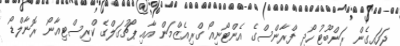
ޖަހައިގެން ރަންބޫޓު ހޯދި ފްރާންސްގެ އެންޓޯނިއޯ ގްރިއެޒްމަން އާއި ޕޯޗުގަލްގެ ކްރިސްޓިއާނޯ ރޮނާލްޑޯ